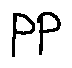
p p